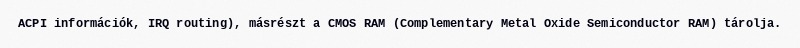
ACPI információk, IRQ routing), másrészt a CMOS RAM (Complementary Metal Oxide Semiconductor RAM) tárolja.